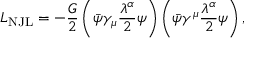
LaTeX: { \cal L } _ { \mathrm { N J L } } = - \frac { G } { 2 } \left( \bar { \psi } \gamma _ { \mu } \frac { \lambda ^ { \alpha } } { 2 } \psi \right) \left( \bar { \psi } \gamma ^ { \mu } \frac { \lambda ^ { \alpha } } { 2 } \psi \right) ,